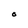
Character: O